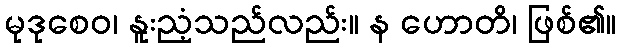
မုဒုစေဝ၊ နူးညံ့သည်လည်း။ န ဟောတိ၊ ဖြစ်၏။